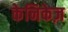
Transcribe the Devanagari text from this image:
केनिकेज़